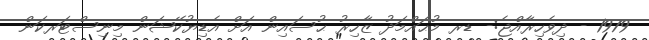
1979 - ދިވެހިރާއްޖެ:- ޑރ މުޙައްމަދު ޒާހިރު ޙުސައިން އަށް އެޑިޔުކޭޝަން މިނިސްޓަރކަން